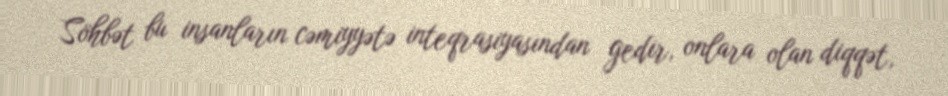
Söhbət bu insanların cəmiyyətə inteqrasiyasından gedir, onlara olan diqqət,